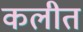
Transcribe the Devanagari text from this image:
कलीत